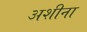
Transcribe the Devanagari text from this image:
अशीना